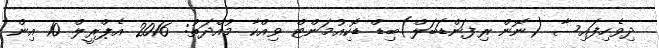
ދިވެހިފައިސާ (ނޮން ރިފަންޑަބަލް)ބިޑް ޑޮކިއުމަންޓް ވިއްކާ މުއްދަތު: 2016 އެޕްރީލް 10 އިން